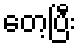
တေ့ပြီး